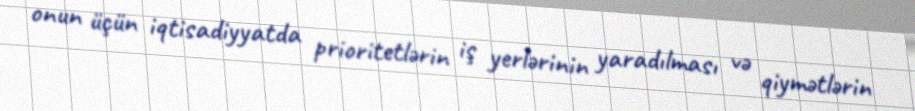
onun üçün iqtisadiyyatda prioritetlərin iş yerlərinin yaradılması və qiymətlərin